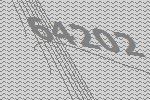
64202